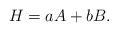
LaTeX: \begin{align*}H=aA+bB.\end{align*}